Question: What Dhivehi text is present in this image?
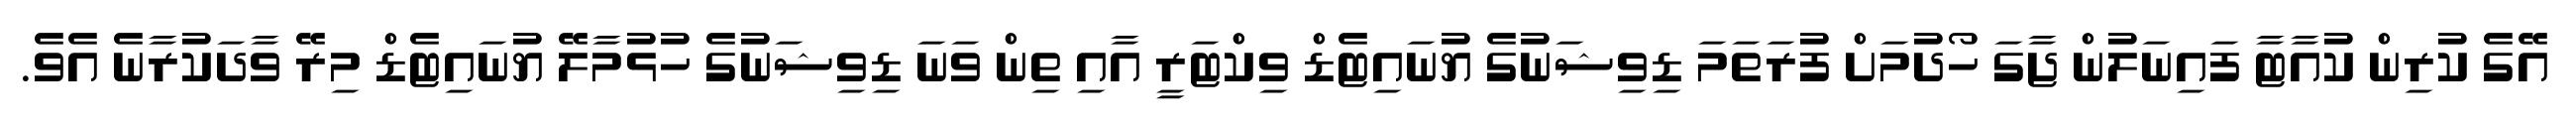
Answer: އޭގެ ކުރިން ކުއާޓާ ފައިނަލުން ޖާގަ ހޯދުމަށް ފުރަތަމަ ޑިވިޝަނުގެ ޔުނައިޓެޑް ވިކްޓަރީ އާއި ތިން ވަނަ ޑިވިޝަނުގެ ހުޅުމާލޭ ޔުނައިޓެޑް މިރޭ ވާދަކުރާނެ އެވެ.